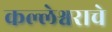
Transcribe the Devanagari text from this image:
कल्लेश्वराचे